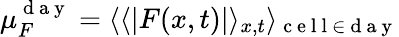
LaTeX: \mu_{F}^{\mathrm{~d~a~y~}}=\langle\langle|F(x,t)|\rangle_{x,t}\rangle_{\mathrm{~c~e~l~l~}\in\mathrm{~d~a~y~}}